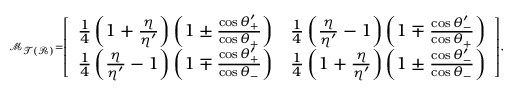
\scriptscriptstyle { \mathcal { M } _ { \mathcal { T } ( \mathcal { R } ) } = \left[ \begin{array} { c c } { \frac { 1 } { 4 } \left( 1 + \frac { \eta } { \eta ^ { \prime } } \right) \left( 1 \pm \frac { \cos \theta _ { + } ^ { \prime } } { \cos \theta _ { + } } \right) } & { \frac { 1 } { 4 } \left( \frac { \eta } { \eta ^ { \prime } } - 1 \right) \left( 1 \mp \frac { \cos \theta _ { - } ^ { \prime } } { \cos \theta _ { + } } \right) } \\ { \frac { 1 } { 4 } \left( \frac { \eta } { \eta ^ { \prime } } - 1 \right) \left( 1 \mp \frac { \cos \theta _ { + } ^ { \prime } } { \cos \theta _ { - } } \right) } & { \frac { 1 } { 4 } \left( 1 + \frac { \eta } { \eta ^ { \prime } } \right) \left( 1 \pm \frac { \cos \theta _ { - } ^ { \prime } } { \cos \theta _ { - } } \right) } \end{array} \right] } ,